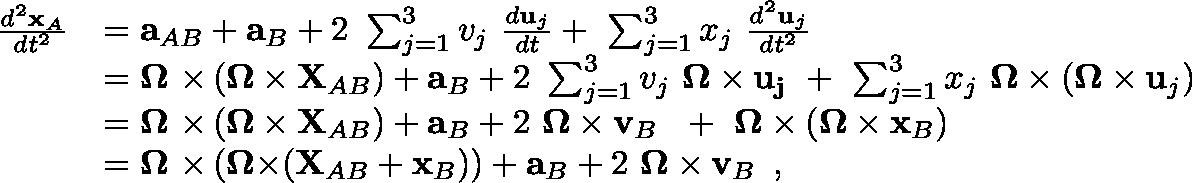
{ \begin{array} { r l } { { \frac { d ^ { 2 } \mathbf { x } _ { A } } { d t ^ { 2 } } } } & { = \mathbf { a } _ { A B } + \mathbf { a } _ { B } + 2 \ \sum _ { j = 1 } ^ { 3 } v _ { j } \ { \frac { d \mathbf { u } _ { j } } { d t } } + \ \sum _ { j = 1 } ^ { 3 } x _ { j } \ { \frac { d ^ { 2 } \mathbf { u } _ { j } } { d t ^ { 2 } } } } \\ & { = \mathbf { \Omega \ \times } \left( \mathbf { \Omega \times X } _ { A B } \right) + \mathbf { a } _ { B } + 2 \ \sum _ { j = 1 } ^ { 3 } v _ { j } \ \mathbf { \Omega \times u _ { j } } \ + \ \sum _ { j = 1 } ^ { 3 } x _ { j } \ { \boldsymbol { \Omega } } \times \left( { \boldsymbol { \Omega } } \times \mathbf { u } _ { j } \right) } \\ & { = \mathbf { \Omega \ \times } \left( \mathbf { \Omega \times X } _ { A B } \right) + \mathbf { a } _ { B } + 2 \ { \boldsymbol { \Omega } } \times \mathbf { v } _ { B } \ \ + \ { \boldsymbol { \Omega } } \times \left( { \boldsymbol { \Omega } } \times \mathbf { x } _ { B } \right) } \\ & { = \mathbf { \Omega \ \times } \left( \mathbf { \Omega \times } ( \mathbf { X } _ { A B } + \mathbf { x } _ { B } ) \right) + \mathbf { a } _ { B } + 2 \ { \boldsymbol { \Omega } } \times \mathbf { v } _ { B } \ \, , } \end{array} }